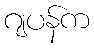
ဂျပန်က